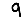
Digit: 9